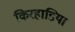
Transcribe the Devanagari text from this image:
किरहाडिया